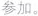
参加。